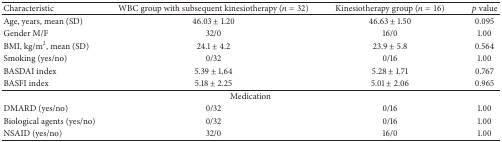
<table><thead><tr><td><b>Characteristic</b></td><td><b>WBC group with subsequent kinesiotherapy (<i>n</i> = 32)</b></td><td><b>Kinesiotherapy group (<i>n</i> = 16)</b></td><td><b><i>p</i> value</b></td></tr></thead><tbody><tr><td>Age, years, mean (SD)</td><td>46.03 ± 1.20</td><td>46.63 ± 1.50 </td><td>0.095</td></tr><tr><td>Gender M/F</td><td>32/0</td><td>16/0</td><td>1.00</td></tr><tr><td>BMI, kg/m<sup>2</sup>, mean (SD)</td><td>24.1 ± 4.2</td><td>23.9 ± 5.8</td><td>0.564</td></tr><tr><td>Smoking (yes/no)</td><td>0/32</td><td>0/16</td><td>1.00</td></tr><tr><td>BASDAI index</td><td>5.39 ± 1,64</td><td>5.28 ± 1.71</td><td>0.767</td></tr><tr><td>BASFI index</td><td>5.18 ± 2.25</td><td>5.01 ± 2.06</td><td>0.965</td></tr><tr><td colspan="4">Medication</td></tr><tr><td>DMARD (yes/no)</td><td>0/32</td><td>0/16</td><td>1.00</td></tr><tr><td>Biological agents (yes/no)</td><td>0/32</td><td>0/16</td><td>1.00</td></tr><tr><td>NSAID (yes/no)</td><td>32/0</td><td>16/0</td><td>1.00</td></tr></tbody></table>